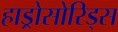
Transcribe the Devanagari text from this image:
हाड्रोसोरिड्स